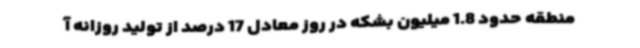
منطقه حدود 1.8 میلیون بشکه در روز معادل 17 درصد از تولید روزانه آ